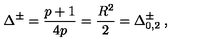
\Delta ^ { \pm } = \frac { p + 1 } { 4 p } = \frac { R ^ { 2 } } { 2 } = \Delta _ { 0 , 2 } ^ { \pm } \: ,